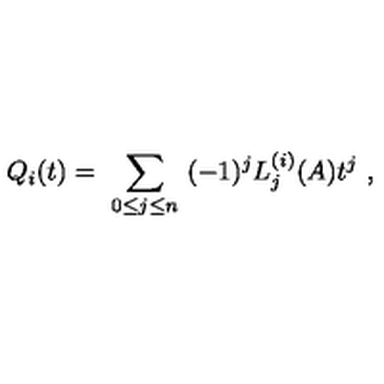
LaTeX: Q _ { i } ( t ) = \ \sum _ { 0 \leq j \leq n } \ ( - 1 ) ^ { j } L _ { j } ^ { ( i ) } ( A ) t ^ { j } \ ,